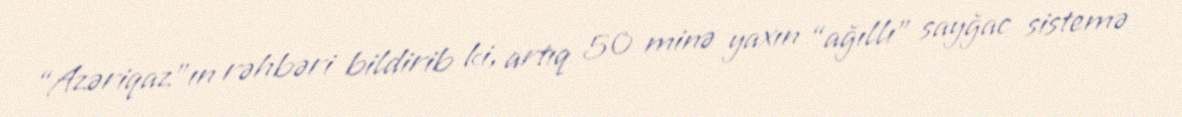
“Azəriqaz”ın rəhbəri bildirib ki, artıq 50 minə yaxın “ağıllı” sayğac sistemə